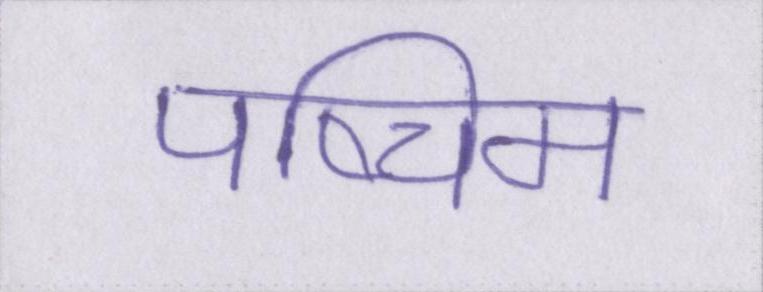
पष्चिम